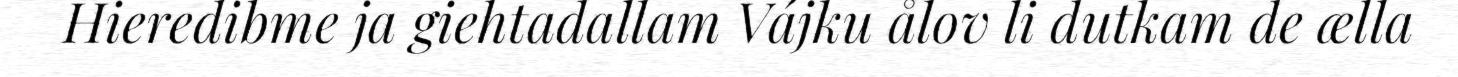
Hieredibme ja giehtadallam Vájku ålov li dutkam de ælla